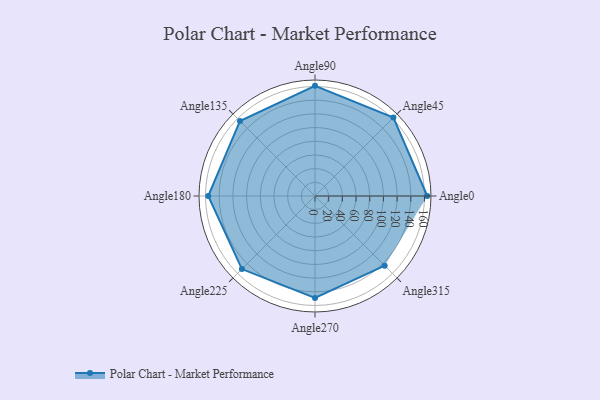
{"axis": {"x": "Angle", "y": "Radius"}, "legend": [""], "data": [{"x": "Angle0", "y": 164.0, "type": ""}, {"x": "Angle45", "y": 162.0, "type": ""}, {"x": "Angle90", "y": 161.0, "type": ""}, {"x": "Angle135", "y": 155.0, "type": ""}, {"x": "Angle180", "y": 156.0, "type": ""}, {"x": "Angle225", "y": 151.0, "type": ""}, {"x": "Angle270", "y": 149.0, "type": ""}, {"x": "Angle315", "y": 144.0, "type": ""}]}